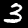
Label: 3